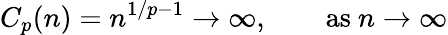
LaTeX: C_{p}(n)=n^{1/p-1}\to\infty,\qquad{\mathrm{as~}}n\to\infty